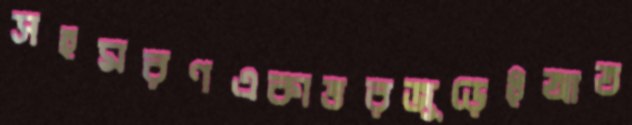
সহমরণএকাত্তরজুড়েইআত